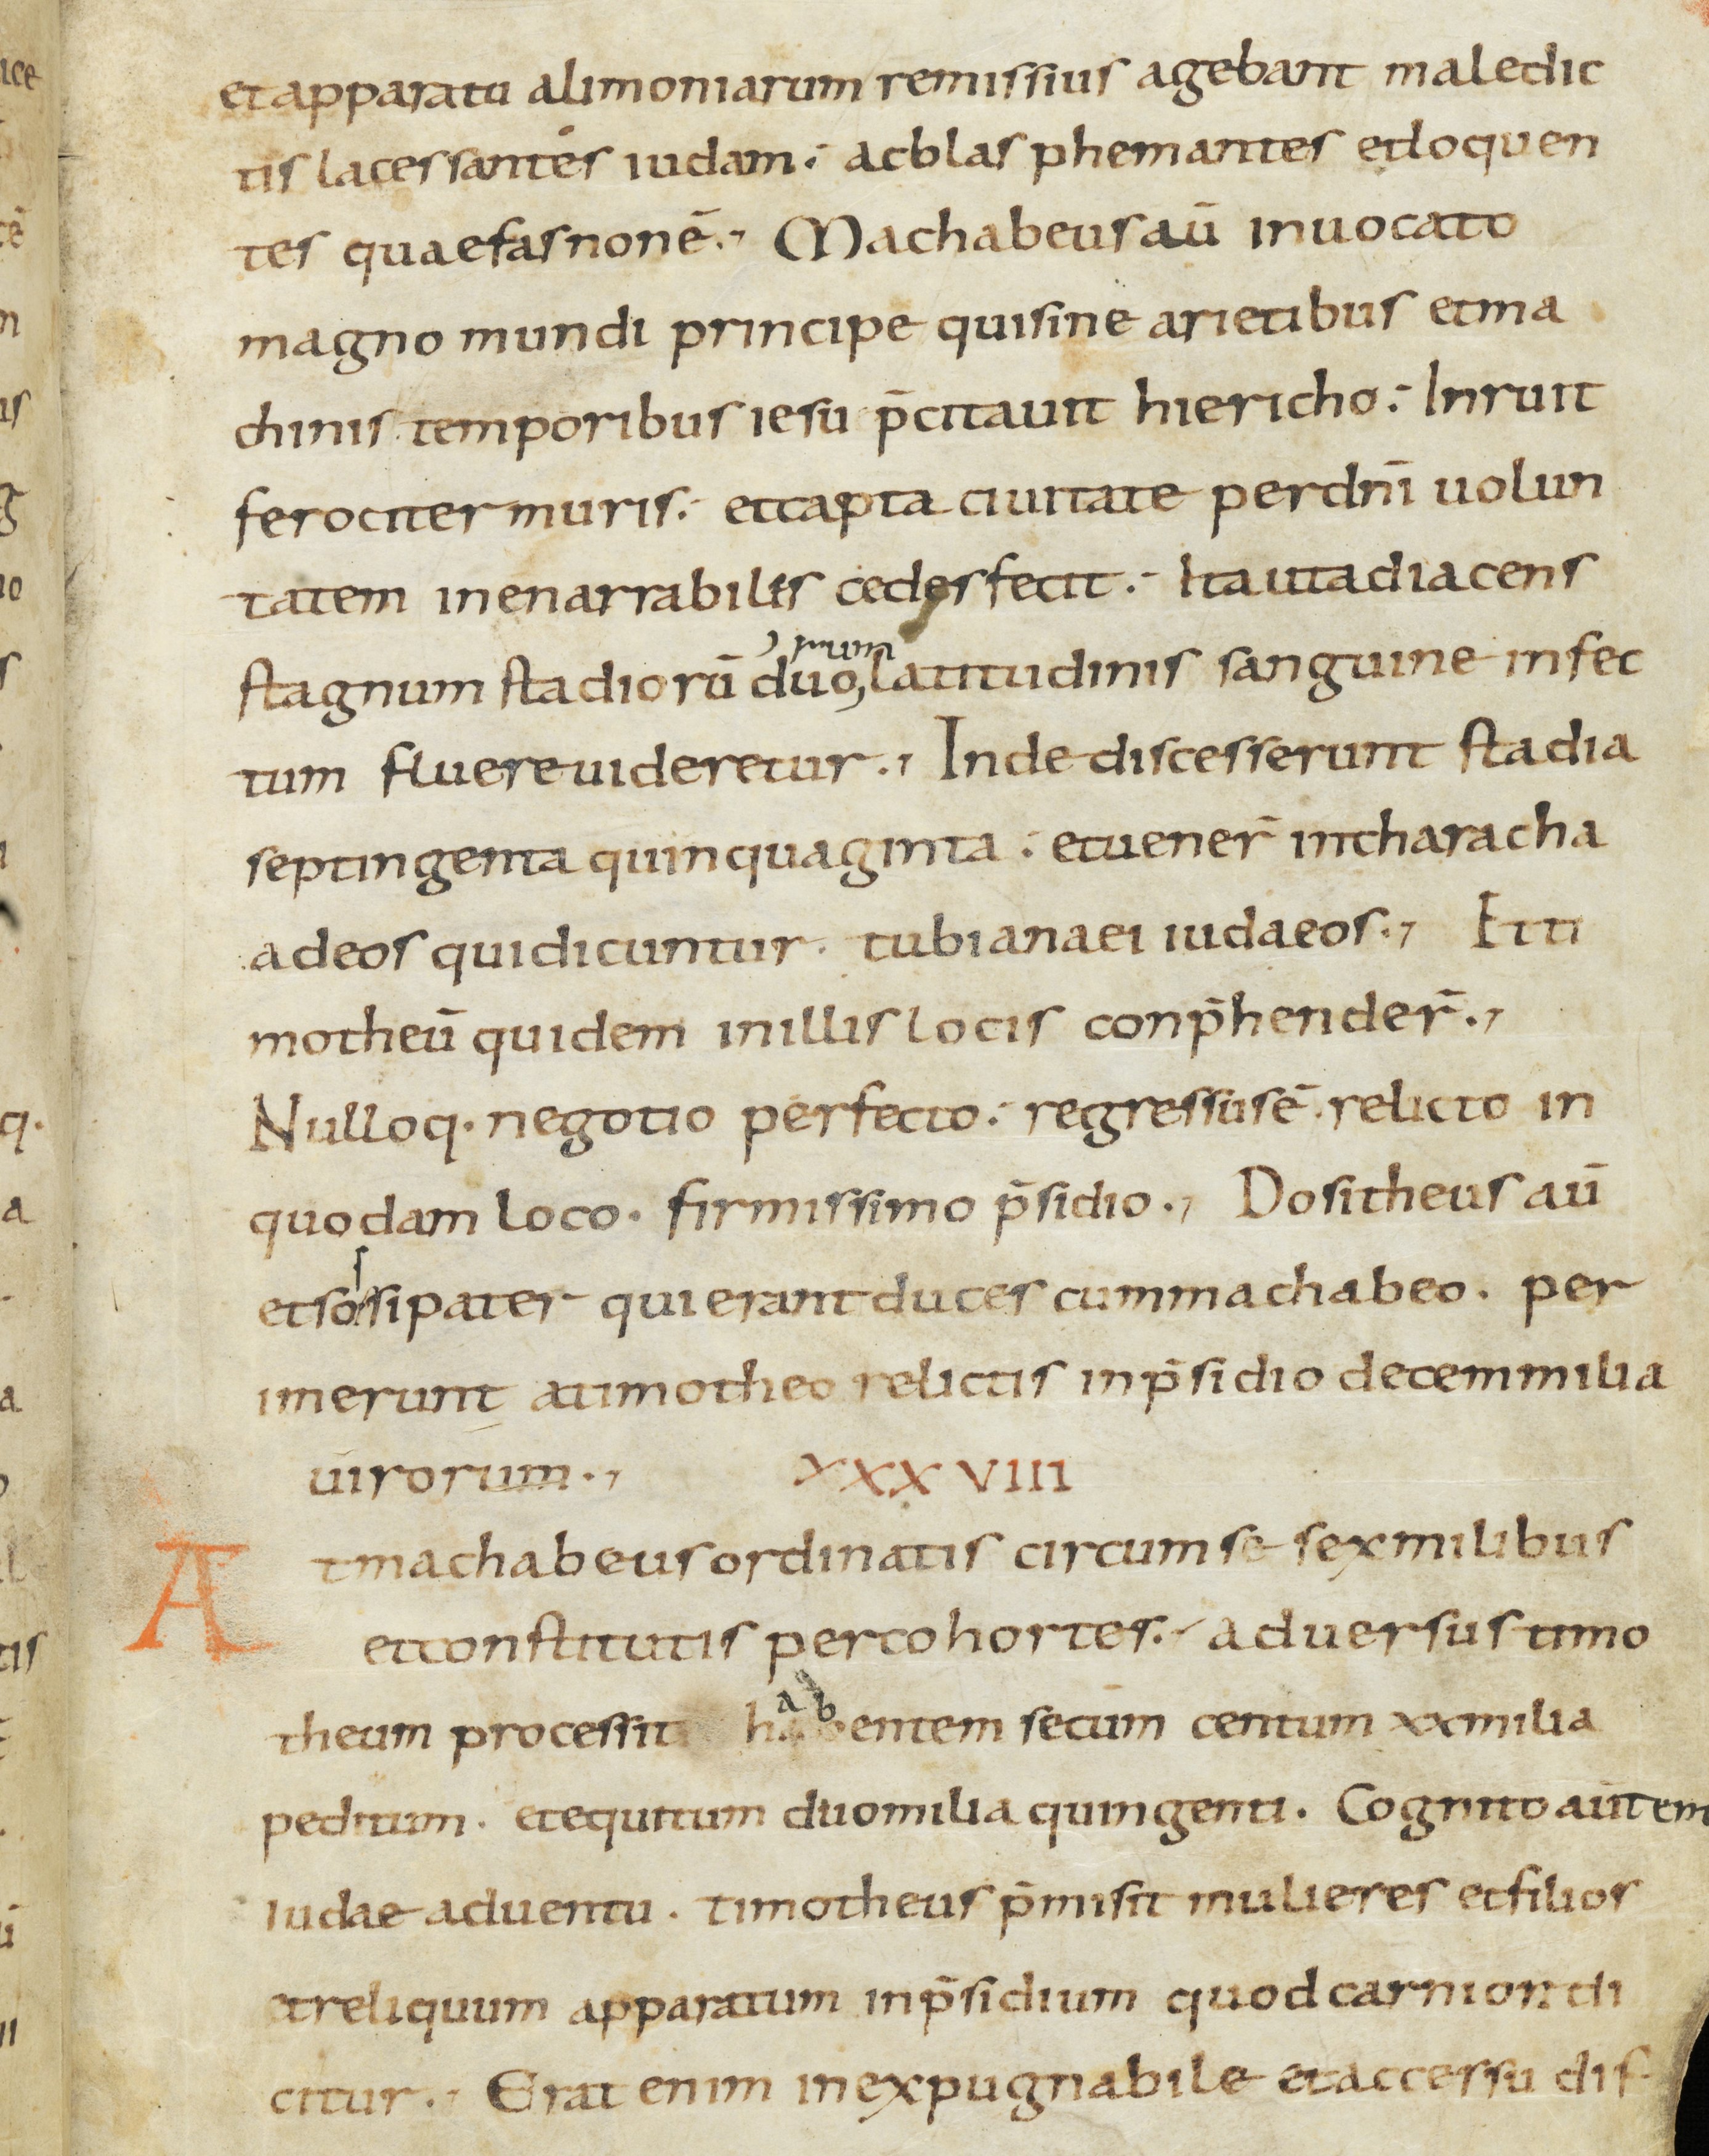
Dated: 800–899